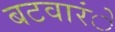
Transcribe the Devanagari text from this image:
बटवारंे